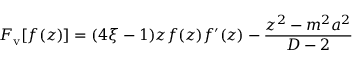
F _ { \mathrm { v } } [ f ( z ) ] = ( 4 \xi - 1 ) z f ( z ) f ^ { \prime } ( z ) - \frac { z ^ { 2 } - m ^ { 2 } a ^ { 2 } } { D - 2 }